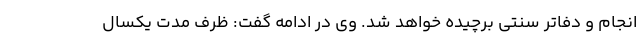
انجام و دفاتر سنتی برچیده خواهد شد. وی در ادامه گفت: ظرف مدت یکسال